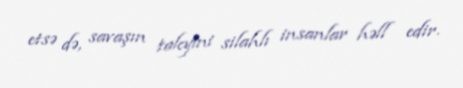
etsə də, savaşın taleyini silahlı insanlar həll edir.